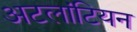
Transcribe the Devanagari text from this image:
अटलांटियन